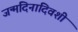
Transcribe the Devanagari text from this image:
जन्मदिनादिवशी